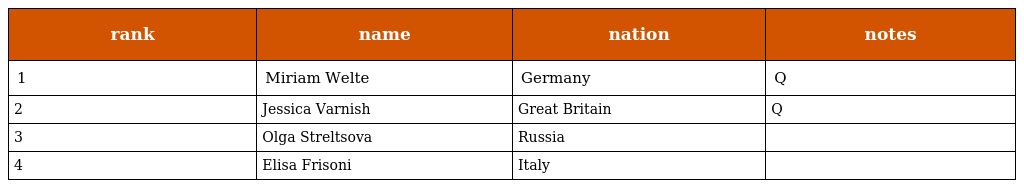
| rank | name | nation | notes |
 | --- | --- | --- | --- |
 | 1 | Miriam Welte | Germany | Q |
 | 2 | Jessica Varnish | Great Britain | Q |
 | 3 | Olga Streltsova | Russia |  |
 | 4 | Elisa Frisoni | Italy |  |